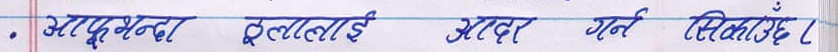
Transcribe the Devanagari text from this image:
आफ्नो भन्दा ठुलालाई आदर गर्न सिक्नुहुन्छँ।